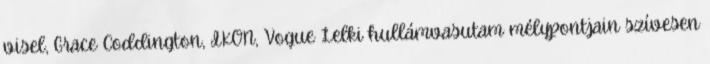
visel, Grace Coddington, IKON, Vogue Lelki hullámvasutam mélypontjain szívesen